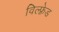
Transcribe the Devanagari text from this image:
विल्फ़्रेड